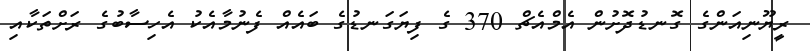
ރީޔޫނިއަންގެ ގޮނޑުދޮށުން އެމްއެޗް 370 ގެ ފިޔަގަނޑުގެ ބައެއް ފެނުމާއެކު އެހިސާބުގެ ރަށްތަކާއި